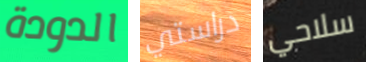
الدودة دراستي سلاحي